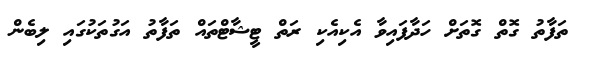
ތަފާތު ގޮތް ގޮތަށް ހަދާފައިވާ އެކިއެކި ރަތް ޓީޝާޓްތައް ތަފާތު އަގުތަކުގައި ލިބެން